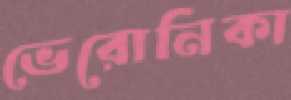
ভেরোনিকা